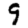
Digit: 9